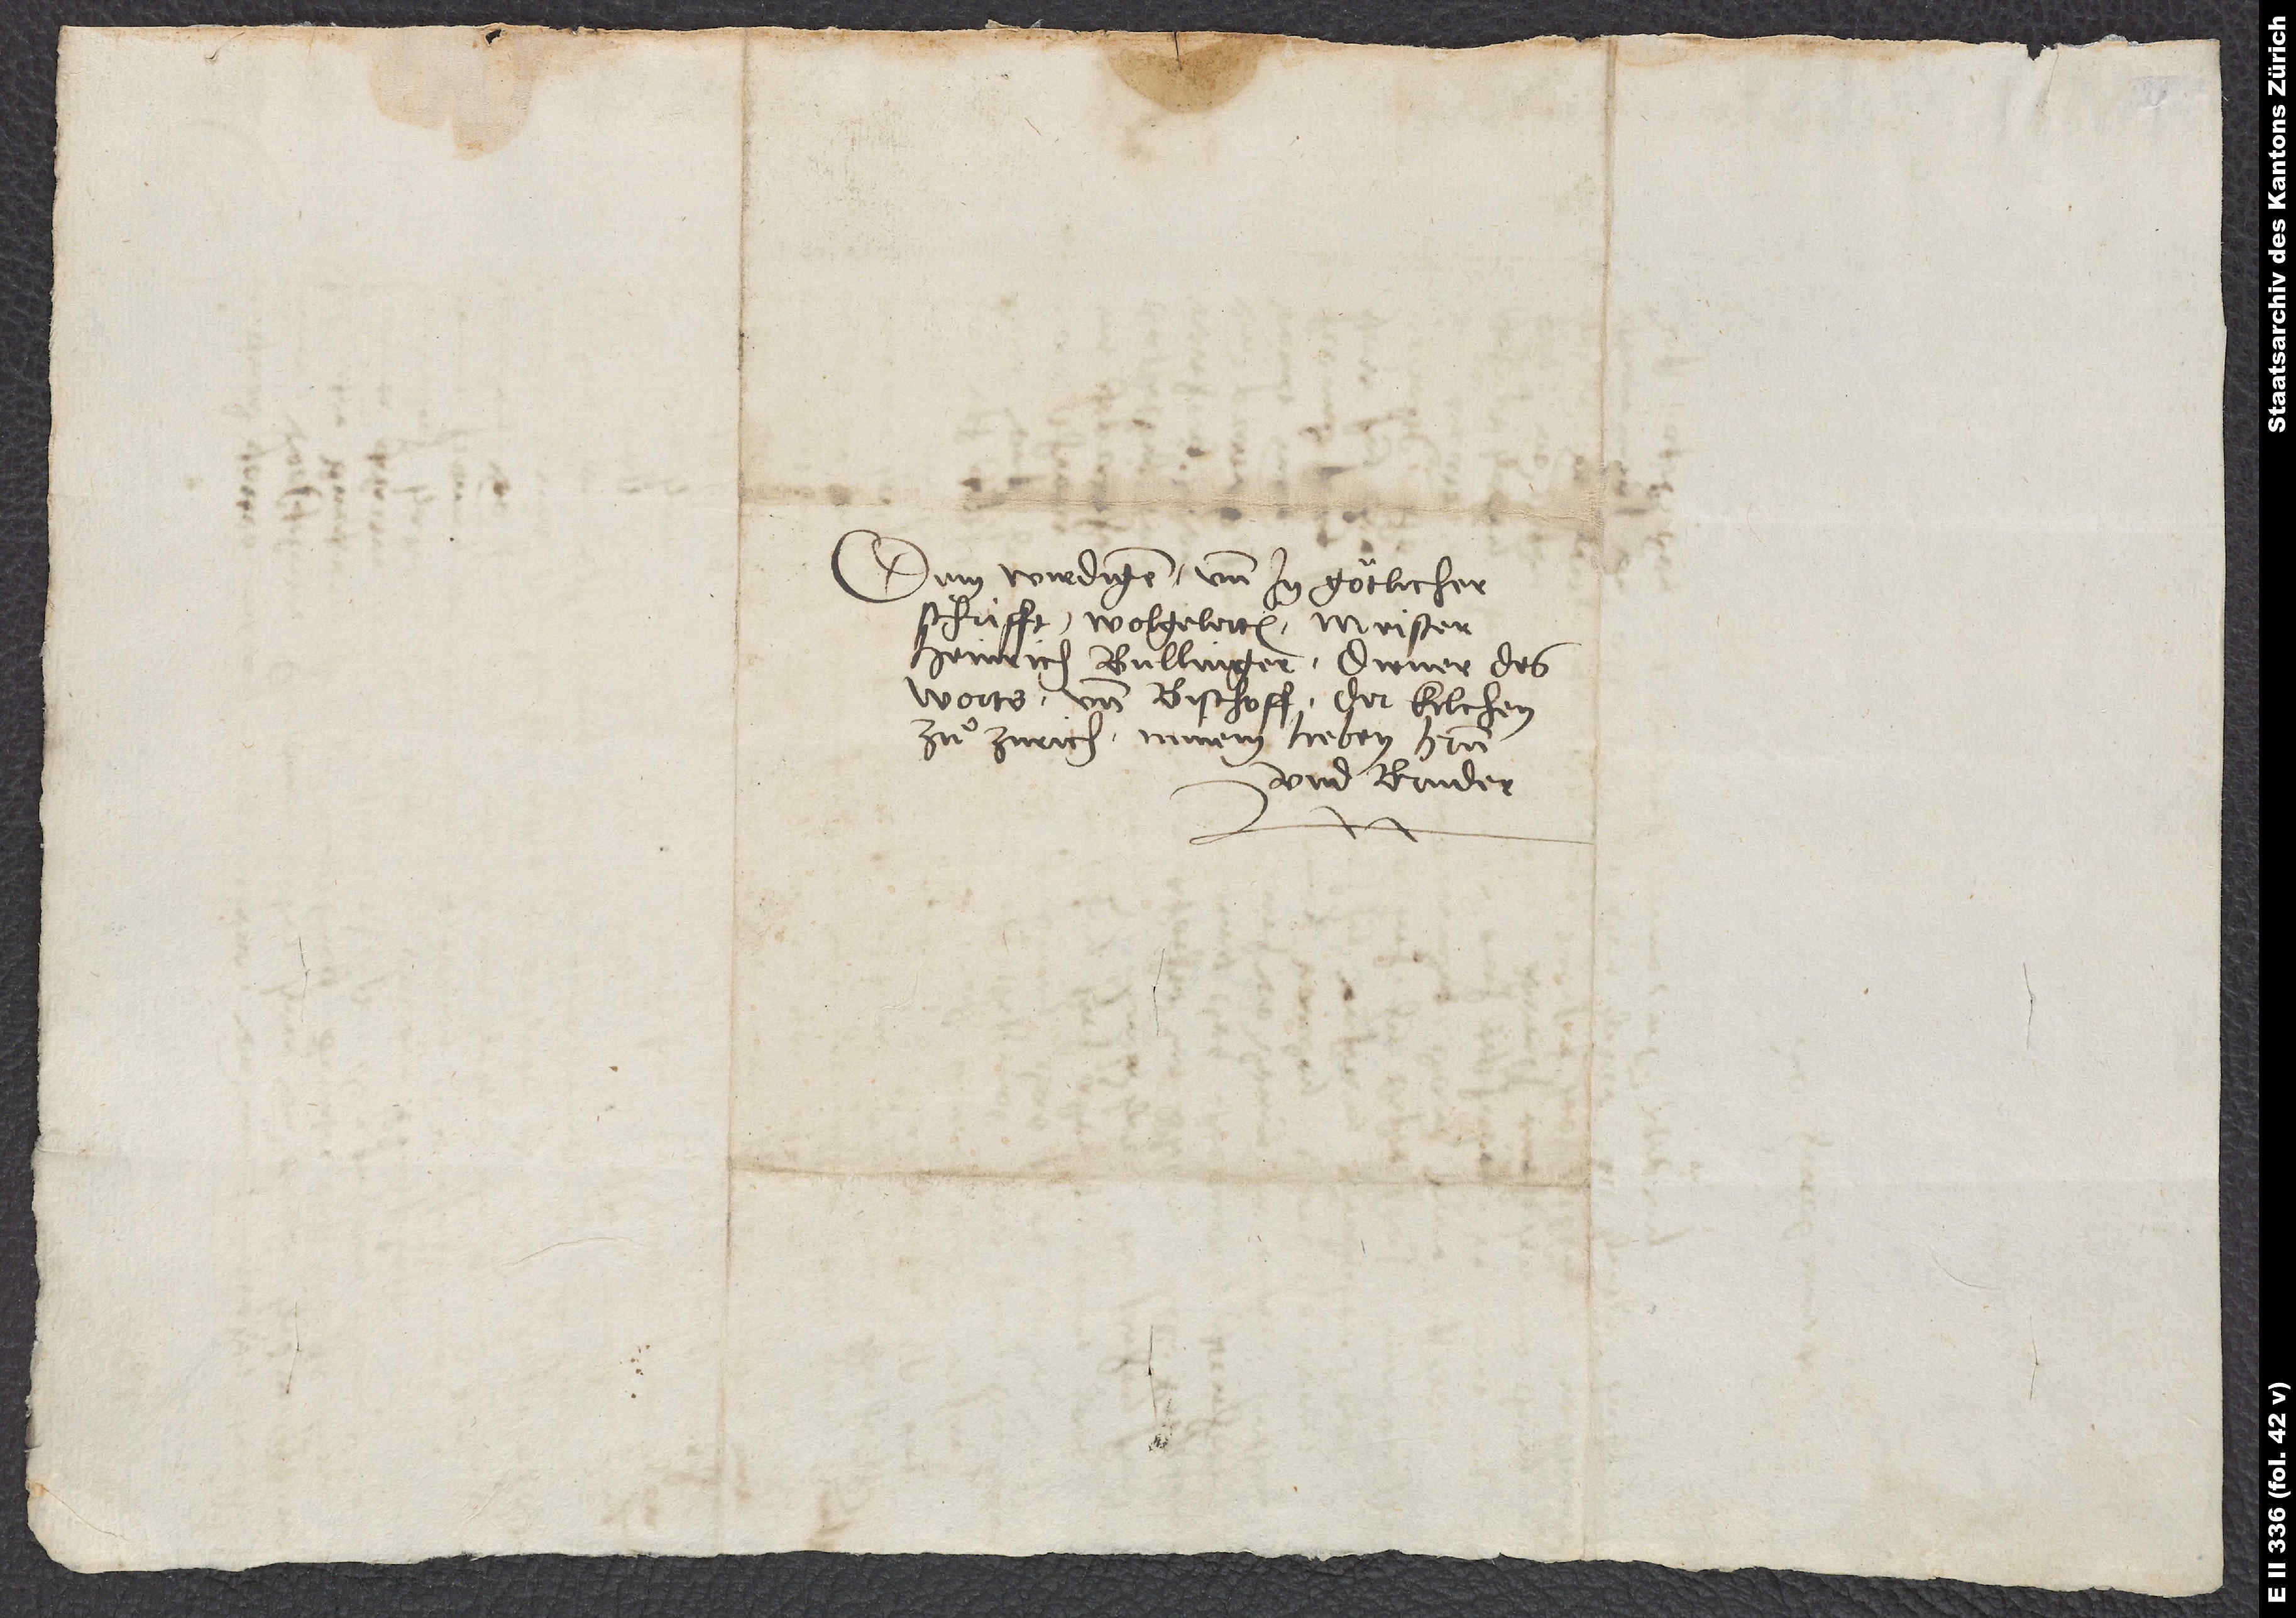
Dem wirdigen und in götlicher
schrifft wolgelerten Meister
Heinrich Bullinger, diener des
worts und bischoff der kilchen
zuͦ Zürich, minem lieben herrn